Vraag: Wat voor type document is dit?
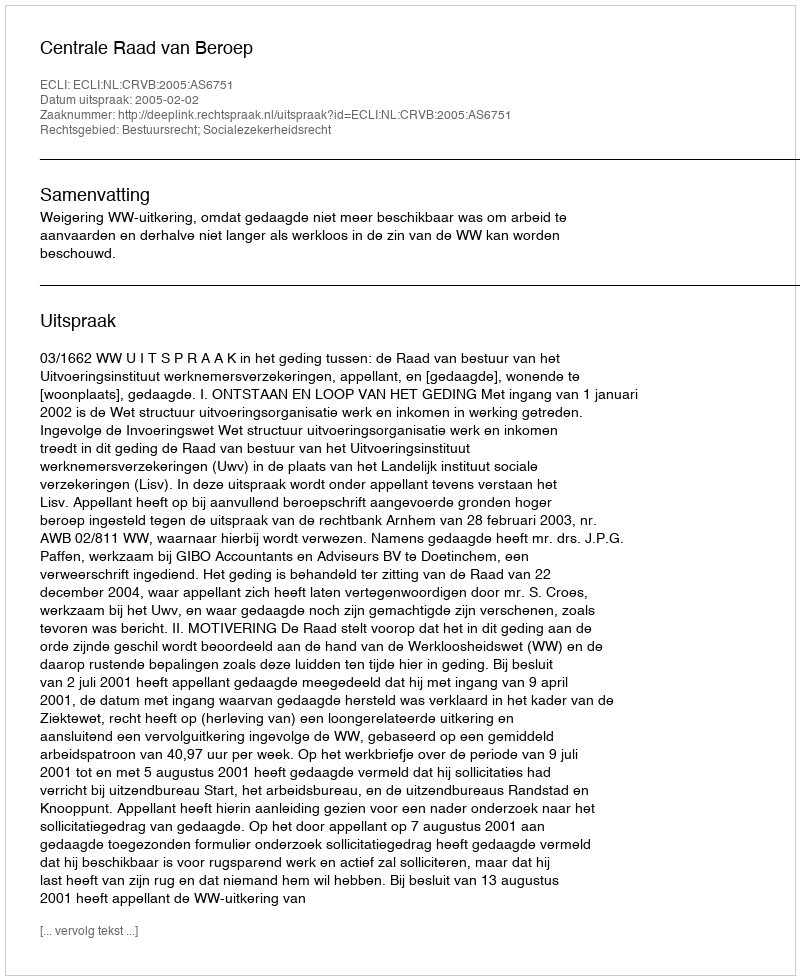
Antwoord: Uitspraak